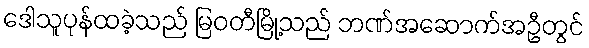
ဒေါသူပုန်ထခဲ့သည် မြဝတီမြို့သည် ဘဏ်အဆောက်အဦတွင်